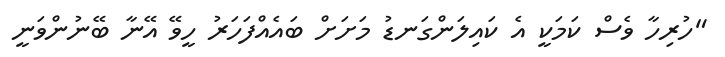
"ހުރިހާ ވެސް ކަމަކީ އެ ކައިލަންގަނޑު މަށަށް ބައެއްފަހަރު ހީވޭ އޭނާ ބޭނުންވަނީ